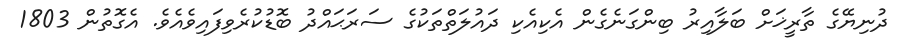
ދުނިޔޭގެ ތާރީޚަށް ބަލާއިރު ބިންގަނެގެން އެކިއެކި ދައުލަތްތަކުގެ ސަރަޙައްދު ބޮޑުކުރެވިފައިވެއެވެ. އެގޮތުން 1803